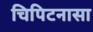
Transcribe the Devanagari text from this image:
चिपिटनासा